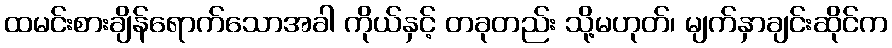
ထမင်းစားချိန်ရောက်သောအခါ ကိုယ်နှင့် တခုတည်း သို့မဟုတ်၊ မျက်နှာချင်းဆိုင်က